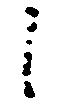
候